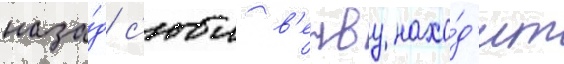
наза́д с'юи в'енву нахо́д'ит